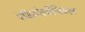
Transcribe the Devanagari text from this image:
रेडियोलॉजिक्ल